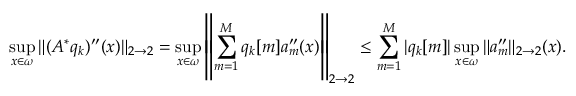
\operatorname* { s u p } _ { x \in \omega } \| ( A ^ { * } q _ { k } ) ^ { \prime \prime } ( x ) \| _ { 2 \to 2 } = \operatorname* { s u p } _ { x \in \omega } \left\| \sum _ { m = 1 } ^ { M } q _ { k } [ m ] a _ { m } ^ { \prime \prime } ( x ) \right\| _ { 2 \to 2 } \leq \sum _ { m = 1 } ^ { M } | q _ { k } [ m ] | \operatorname* { s u p } _ { x \in \omega } \| a _ { m } ^ { \prime \prime } \| _ { 2 \to 2 } ( x ) .